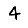
Digit: 4